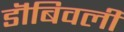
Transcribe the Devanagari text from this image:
डॊंबिवली